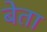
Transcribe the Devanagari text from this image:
बेता